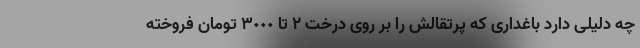
چه دلیلی دارد باغداری که پرتقالش را بر روی درخت ٢ تا ٣٠٠٠ تومان فروخته